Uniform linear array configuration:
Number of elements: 48
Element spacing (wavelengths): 0.75
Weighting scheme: binomial
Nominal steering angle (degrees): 45
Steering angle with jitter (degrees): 45.938
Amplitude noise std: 0.05
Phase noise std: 0.05

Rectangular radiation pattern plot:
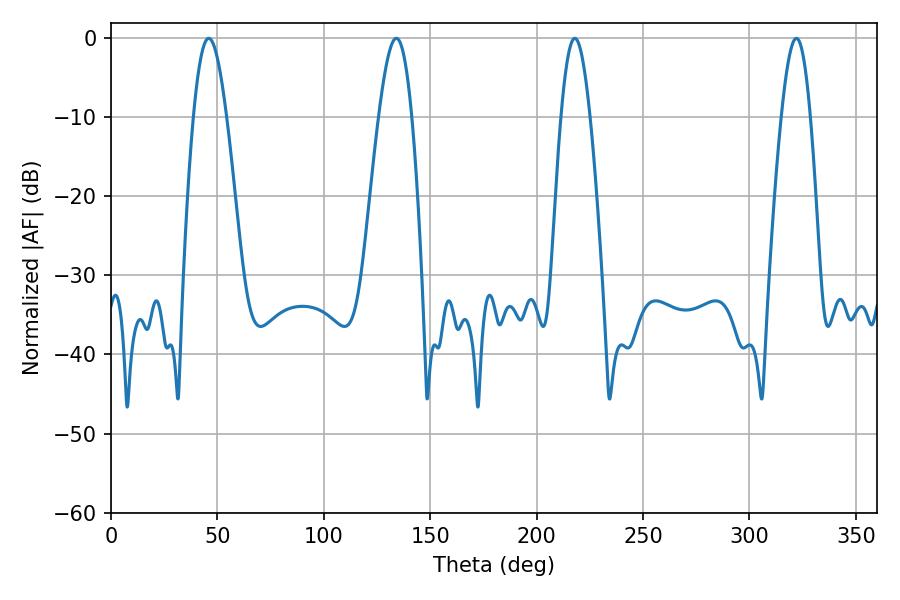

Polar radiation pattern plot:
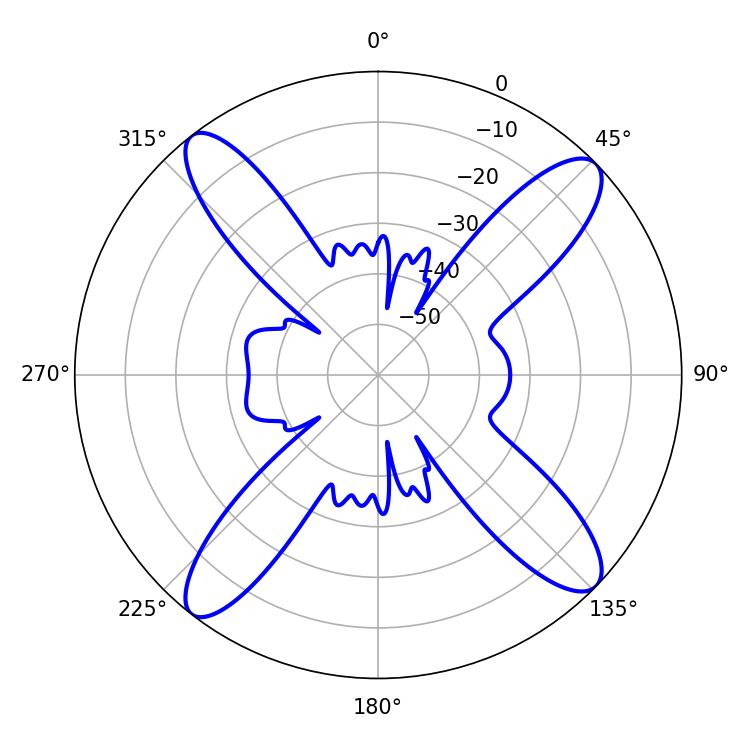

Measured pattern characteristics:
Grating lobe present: TRUE
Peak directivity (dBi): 15.416
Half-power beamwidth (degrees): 8.28
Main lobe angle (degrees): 45.9